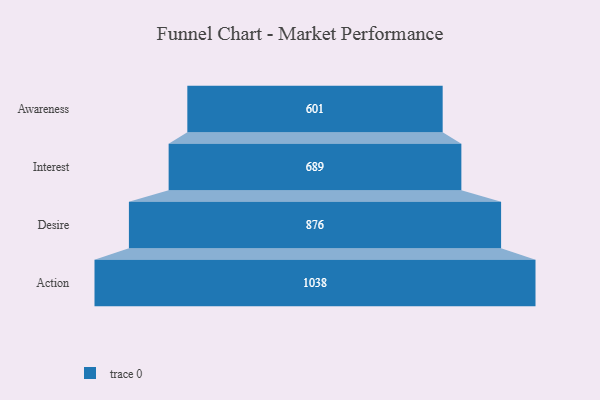
{"axis": {"x": "Stage", "y": "Value"}, "legend": [""], "data": [{"x": "Awareness", "y": 601.0, "type": ""}, {"x": "Interest", "y": 689.0, "type": ""}, {"x": "Desire", "y": 876.0, "type": ""}, {"x": "Action", "y": 1038.0, "type": ""}]}